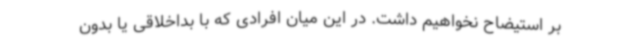
بر استیضاح نخواهیم داشت. در این میان افرادی که با بداخلاقی یا بدون